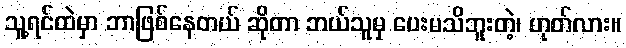
သူ့ရင်ထဲမှာ ဘာဖြစ်နေတယ် ဆိုတာ ဘယ်သူမှ ပေးမသိဘူးတဲ့၊ ဟုတ်လား။